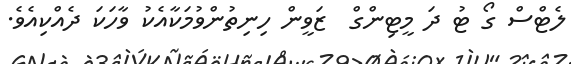
ލެޓްސް ގޯ ޓު ދަ މީޓިންގް  ޒަވީން ހިނިތުންވުމަކާއެކު ވާހަކަ ދެއްކިއެވެ.